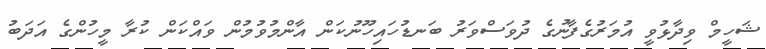
ޝަހީމް ވިދާޅުވީ އުމަރުގެފާނުގެ ދުވަސްވަރު ބަނޑުހައިހޫނުކަން އާންމުވުމުން ވައްކަން ކުރާ މީހުންގެ އަދަބު